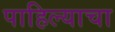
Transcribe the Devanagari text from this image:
पाहिल्याचा